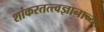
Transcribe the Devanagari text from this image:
शांकरतत्त्वज्ञानाच्या